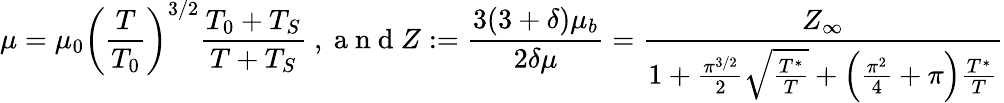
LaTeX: \mu=\mu_{0}\left(\frac{T}{T_{0}}\right)^{3/2}\frac{T_{0}+T_{S}}{T+T_{S}}\mathrm{~,~a~n~d~}Z:=\frac{3(3+\delta)\mu_{b}}{2\delta\mu}=\frac{Z_{\infty}}{1+\frac{\pi^{3/2}}{2}\sqrt{\frac{T^{*}}{T}}+\left(\frac{\pi^{2}}{4}+\pi\right)\frac{T^{*}}{T}}